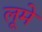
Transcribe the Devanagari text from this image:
लूमे